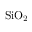
\mathrm { S i O _ { 2 } }